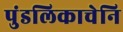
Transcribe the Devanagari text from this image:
पुंडलिकाचेनि